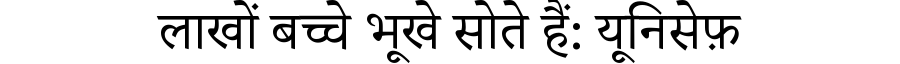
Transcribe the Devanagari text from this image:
लाखों बच्चे भूखे सोते हैं: यूनिसेफ़